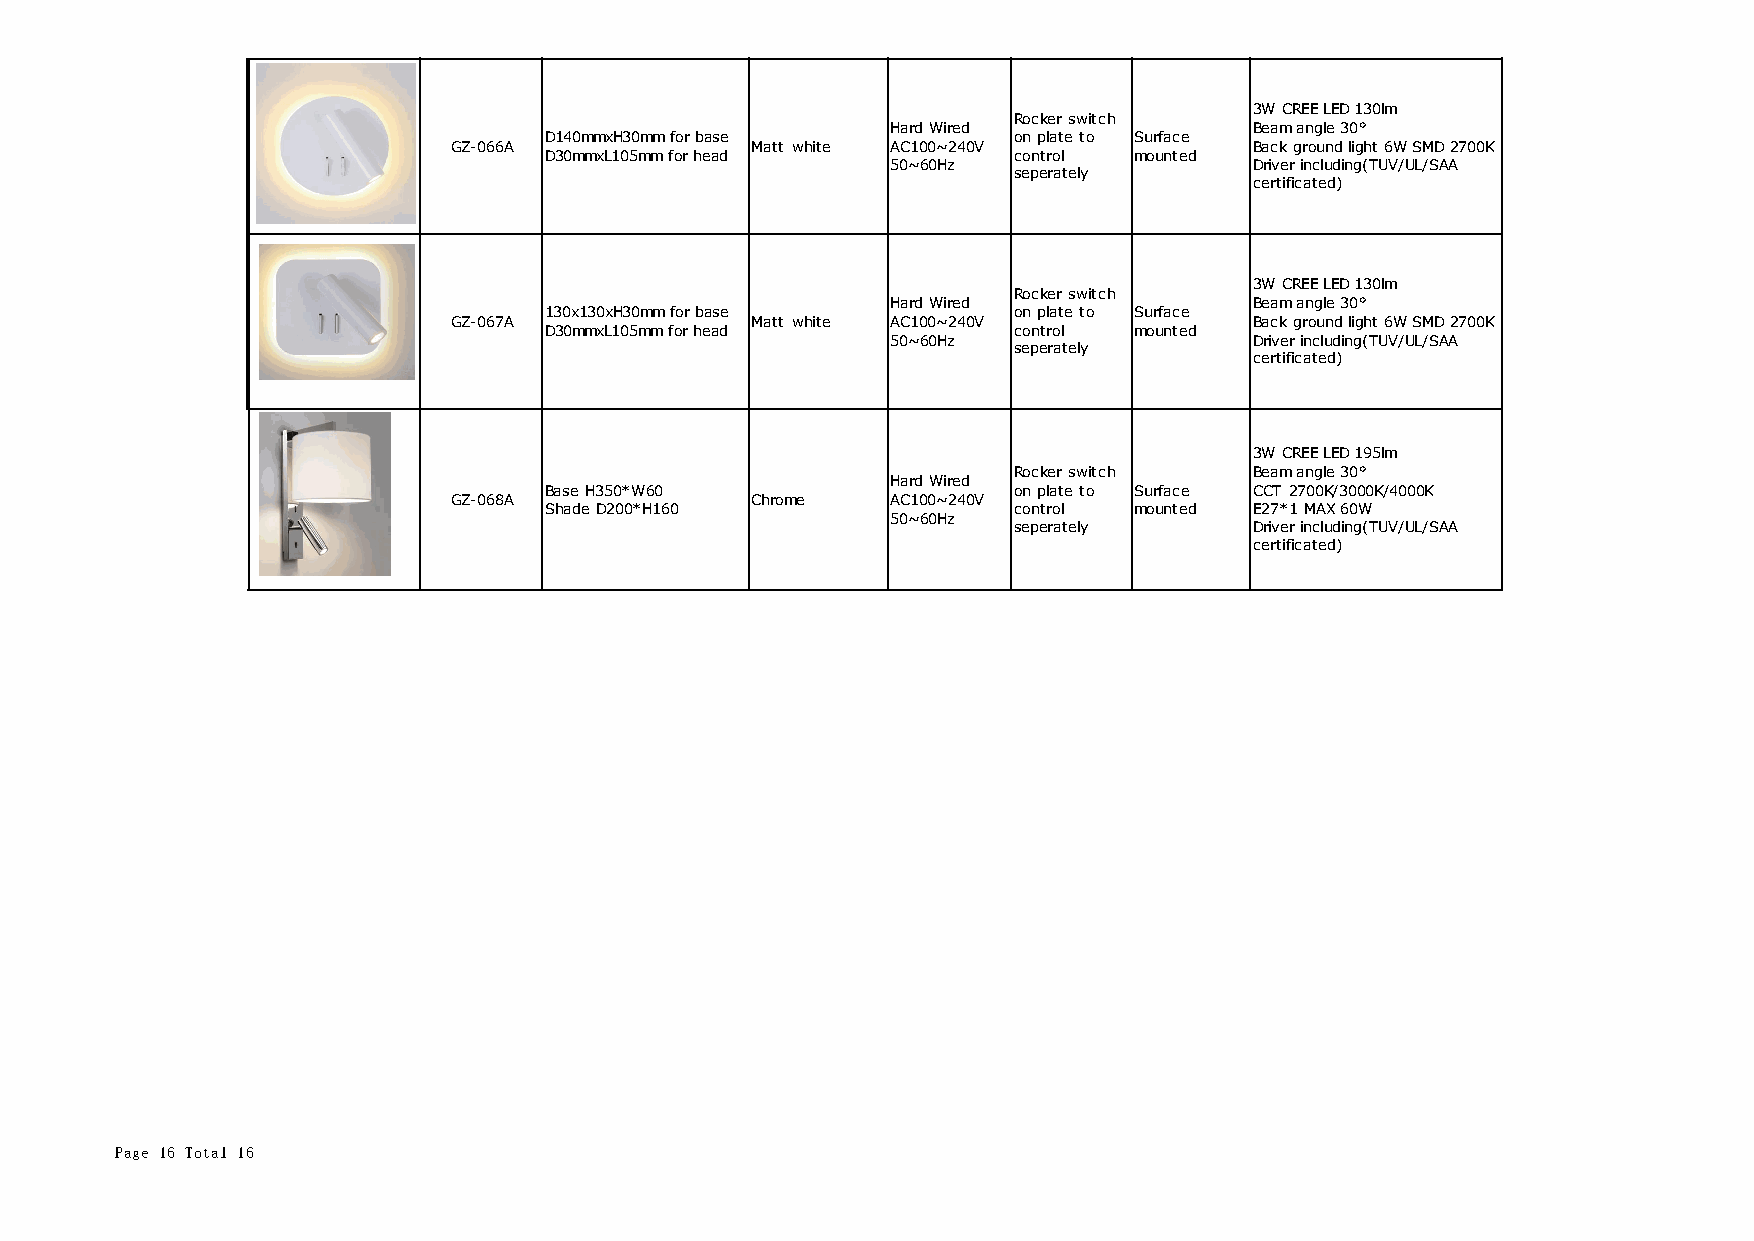
3W CREE LED 130lm
 Rocker switch
 Hard Wired              Beam angle 30°
 D140mmxH30mm for base          on plate to Surface
 GZ-066A             Matt white AC100~240V            Back ground light 6W SMD 2700K
 D30mmxL105mm for head          control mounted
 50~60Hz                 Driver including(TUV/UL/SAA
 seperately
 certificated)
 3W CREE LED 130lm
 Rocker switch
 Hard Wired              Beam angle 30°
 130x130xH30mm for base         on plate to Surface
 GZ-067A             Matt white AC100~240V            Back ground light 6W SMD 2700K
 D30mmxL105mm for head          control mounted
 50~60Hz                 Driver including(TUV/UL/SAA
 seperately
 certificated)
 3W CREE LED 195lm
 Rocker switch   Beam angle 30°
 Hard Wired
 Base H350*W60                  on plate to Surface CCT 2700K/3000K/4000K
 GZ-068A             Chrome   AC100~240V
 Shade D200*H160                control mounted E27*1 MAX 60W
 50~60Hz
 seperately      Driver including(TUV/UL/SAA
 certificated)
 Page 16 Total 16